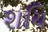
શચિ